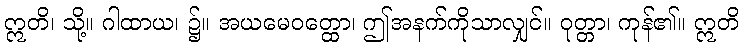
ဣတိ၊ သို့။ ဂါထာယ၊ ၌။ အယမေဝတ္ထော၊ ဤအနက်ကိုသာလျှင်။ ဝုတ္တာ၊ ကုန်၏။ ဣတိ